Annual vaccination report of Bihar and Orissa - 1911-1928
Year: 1911
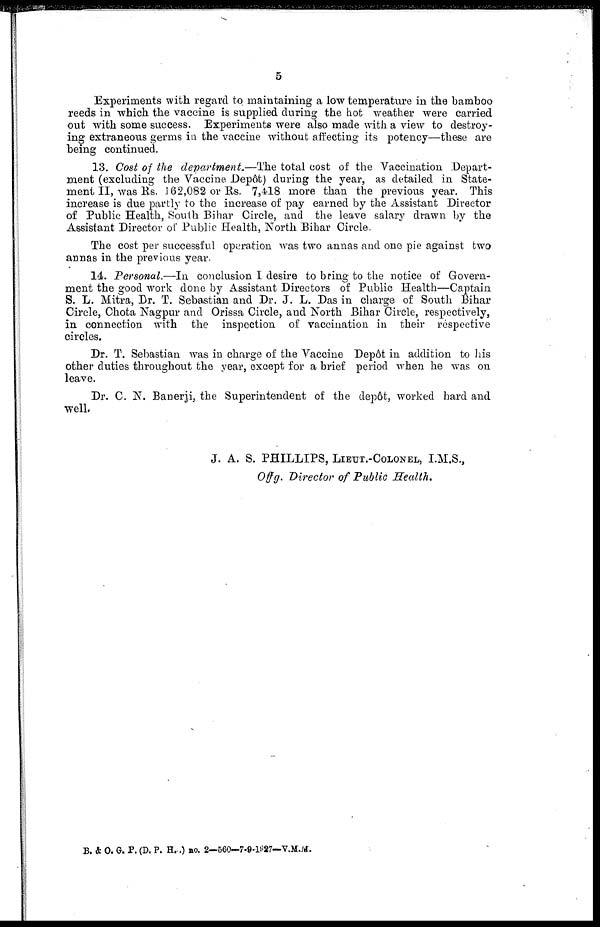
5
Experiments with regard to maintaining a low temperature in the bamboo
reeds in which the vaccine is supplied during the hot weather were carried
out with some success. Experiments were also made with a view to destroy-
ing extraneous germs in the vaccine without affecting its potency—these are
being continued.
13. Cost of the department.—The total cost of the Vaccination Depart-
ment (excluding the Vaccine Depôt) during the year, as detailed in State-
ment II, was Rs. 162,082 or Rs. 7,418 more than the previous year. This
increase is due partly to the increase of pay earned by the Assistant Director
of Public Health, South Bihar Circle, and the leave salary drawn by the
Assistant Director of Public Health, North Bihar Circle.
The cost per successful operation was two annas and one pie against two
annas in the previous year.
14. Personal.—In conclusion I desire to bring to the notice of Govern-
ment the good work done by Assistant Directors of Public Health—Captain
S. L. Mitra, Dr. T. Sebastian and Dr. J. L. Das in charge of South Bihar
Circle, Chota Nagpur and Orissa Circle, and North Bihar Circle, respectively,
in connection with the inspection of vaccination in their respective
circles.
Dr. T. Sebastian was in charge of the Vaccine Depôt in addition to his
other duties throughout the year, except for a brief period when he was on
leave.
Dr. C. N. Banerji, the Superintendent of the depôt, worked hard and
well.
J. A. S. PHILLIPS, LIEUT.-COLONEL, I.M.S.,
Offg. Director of Public Health.
B. & O. G. P. (D. P. H..) no. 2—560—7-9-1927—V.M.M.